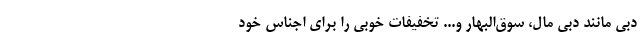
دبی مانند دبی مال، سوق‌البهار و... تخفیفات خوبی را برای اجناس خود